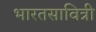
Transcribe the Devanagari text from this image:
भारतसावित्री